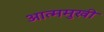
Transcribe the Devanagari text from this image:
आत्ममुखी